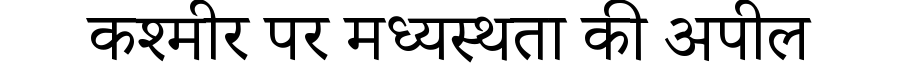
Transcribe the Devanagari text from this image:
कश्मीर पर मध्यस्थता की अपील